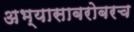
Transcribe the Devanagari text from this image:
अभ्यासाबरोबरच